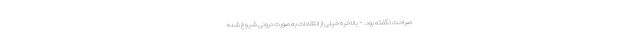
صراحت نگفته بود. - بالاخره خیلی از انتقادات به صورت درونی شروع شده